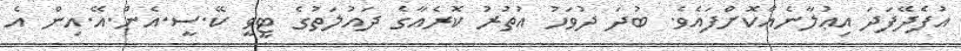
އުފެދޭފަދަ އިޢުލާނެއްކޮށްފައެވެ. ބުދަ ދުވަހު އުތުރު ކޮރެއާގެ ދައުލަތުގެ ޓީވީ ކޭ.ސީ.އެން.އޭ.އިން އެ